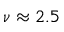
\nu \approx 2 . 5